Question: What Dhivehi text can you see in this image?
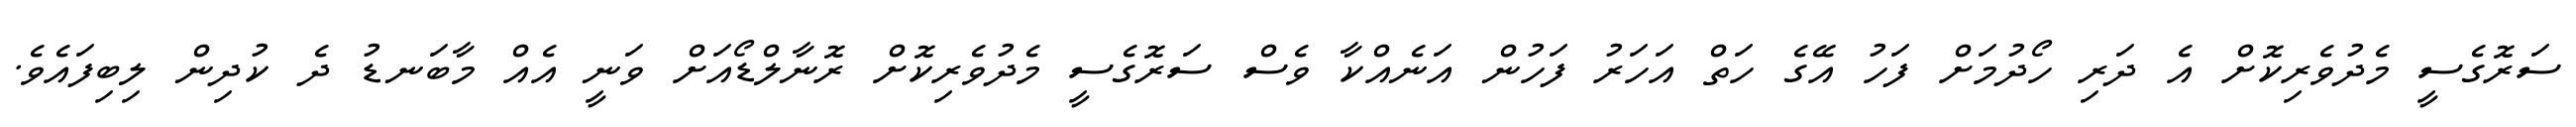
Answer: ސަރޮގެސީ މެދުވެރިކޮށް އެ ދަރި ހޯދުމަށް ފަހު އޭގެ ހަތް އަހަރު ފަހުން އަނެއްކާ ވެސް ސަރޮގެސީ މެދުވެރިކޮށް ރޮނާލްޑޯއަށް ވަނީ އެއް މާބަނޑު ދެ ކުދިން ލިބިފައެވެ.